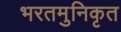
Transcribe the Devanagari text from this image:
भरतमुनिकृत